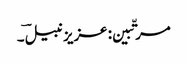
مرتّبین: عزیز نبیلؔ ۔